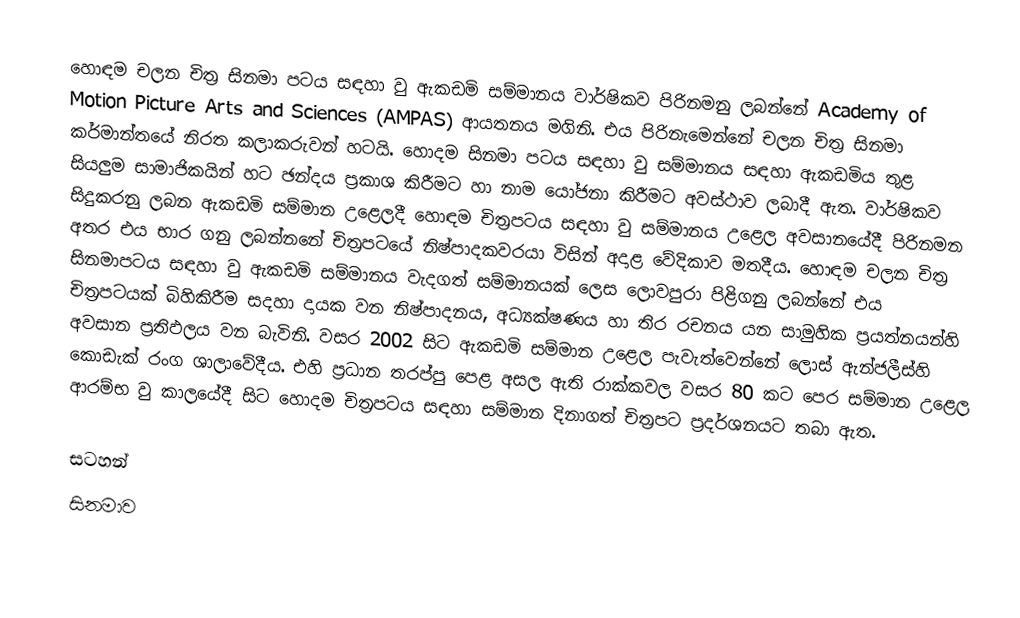
හොඳම චලන චිත්‍ර සිනමා පටය සඳහා වු ඇකඩමි සම්මානය වාර්ෂිකව පිරිනමනු ලබන්නේ Academy of Motion Picture Arts and Sciences (AMPAS) ආයතනය මගිනි. එය පිරිනැමෙන්නේ චලන චිත්‍ර සිනමා කර්මාන්තයේ නිරත කලාකරුවන් හටයි. හොදම සිනමා පටය සඳහා වු සම්මානය සඳහා ඇකඩමිය තුළ සියලුම සාමාජිකයින් හට ඡන්දය ප්‍රකාශ කිරීමට හා නාම යෝජනා කිරීමට අවස්ථාව ලබාදී ඇත. වාර්ෂිකව සිදුකරනු ලබන ඇකඩමි සම්මාන උළෙලදී හොඳම චිත්‍රපටය සඳහා වු සම්මානය උළෙල අවසානයේදී පිරිනමන අතර එය භාර ගනු ලබන්නනේ චිත්‍රපටයේ නිෂ්පාදකවරයා විසින් අදාළ වේදිකාව මතදීය. හොඳම චලන චිත්‍ර සිනමාපටය සඳහා වු ඇකඩමි සම්මානය වැදගත් සම්මානයක් ලෙස ලොවපුරා පිළිගනු ලබන්නේ එය චිත්‍රපටයක් බිහිකිරීම සදහා දායක වන නිෂ්පාදනය, අධ්‍යක්ෂණය හා තිර රචනය යන සාමුහික ප්‍රයත්නයන්හි අවසාන ප්‍රතිඵලය වන බැවිනි. වසර 2002 සිට ඇකඩමි සම්මාන උළෙල පැවැත්වෙන්නේ ලොස් ඇන්ජලීස්හි කොඩැක් රංග ශාලාවේදීය. එහි ප්‍රධාන තරප්පු පෙළ අසල ඇති රාක්කවල වසර 80 කට පෙර සම්මාන උළෙල ආරම්භ වු කාලයේදී සිට හොදම චිත්‍රපටය සඳහා සම්මාන දිනාගත් චිත්‍රපට ප්‍රදර්ශනයට තබා ඇත.

සටහන්
සිනමාව